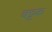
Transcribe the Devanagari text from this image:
बट्टक